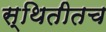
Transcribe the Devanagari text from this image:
स्थितीतच